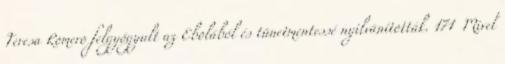
Teresa Romero felgyógyult az Ebolából és tünetmentessé nyilvánították. 171 Mivel